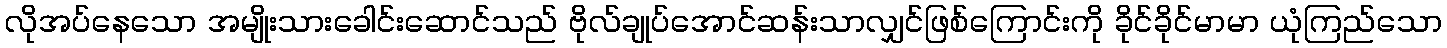
လိုအပ်နေသော အမျိုးသားခေါင်းဆောင်သည် ဗိုလ်ချုပ်အောင်ဆန်းသာလျှင်ဖြစ်ကြောင်းကို ခိုင်ခိုင်မာမာ ယုံကြည်သော